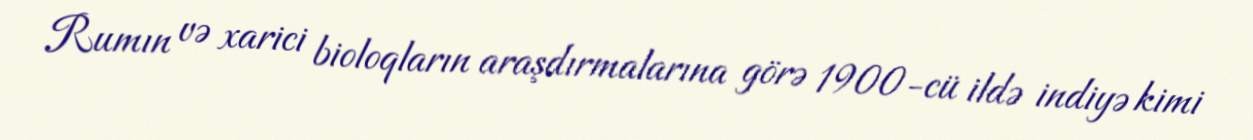
Rumın və xarici bioloqların araşdırmalarına görə 1900-cü ildə indiyə kimi